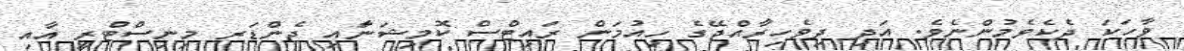
ވާހަކަ ދެކެވެމުންނެވެ. އަދި ދިވެހިރާއްޖޭގެ ހިއުމަން ރައިޓްސް ކޮމިޝަނަާއި ޖެންޑަރ މިނިސްޓްރީ އާއި